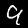
Digit: 9